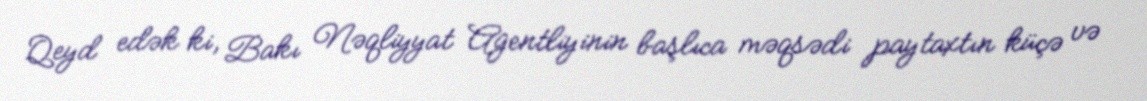
Qeyd edək ki, Bakı Nəqliyyat Agentliyinin başlıca məqsədi paytaxtın küçə və